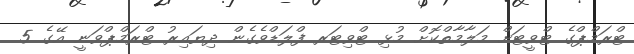
ޓްރަމްޕްގެ ޓްވީޓަށް މަލާމާތްކޮށް މުޅި ޓްވިޓަރ ފްލަޑްވެގެން ދިޔައިރު ޓްރަމްޕްވަނީ އޭގެ 5